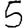
Digit: 5